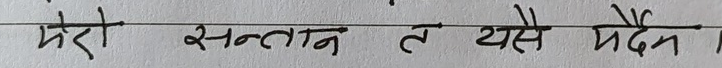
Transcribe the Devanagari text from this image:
मेरो सन्तान त यसो मर्दैन ।